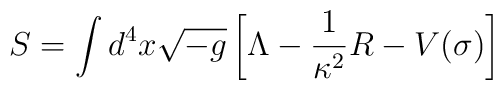
S = \int d^4x \sqrt{-g} \left[\Lambda - {\frac{1}{\kappa^2}}R - V(\sigma)\right]